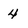
Character: 4